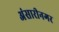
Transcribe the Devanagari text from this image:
अंसारीनगर